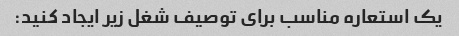
یک استعاره مناسب برای توصیف شغل زیر ایجاد کنید: